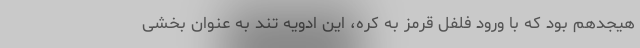
هیجدهم بود که با ورود فلفل قرمز به کره، این ادویه تند به عنوان بخشی